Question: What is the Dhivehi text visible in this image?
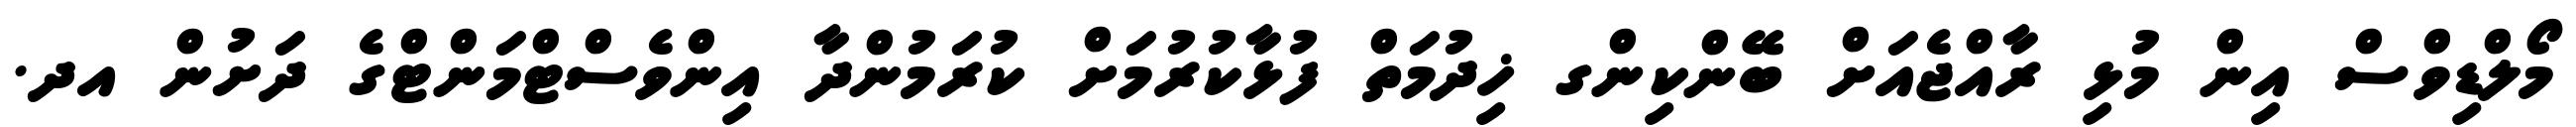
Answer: މޯލްޑިވްސް އިން މުޅި ރާއްޖެއަށް ބޭންކިންގ ޚިދުމަތް ފުޅާކުރުމަށް ކުރަމުންދާ އިންވެސްޓްމަންޓްގެ ދަށުން އދ.